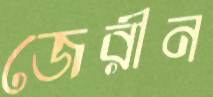
জেরীন